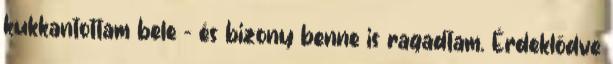
kukkantottam bele - és bizony benne is ragadtam. Érdeklődve